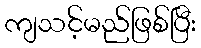
ကျသင့်မည်ဖြစ်ပြီး